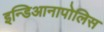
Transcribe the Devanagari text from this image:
इन्डिआनापोलिस